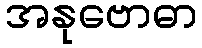
အနုဗောဓာ